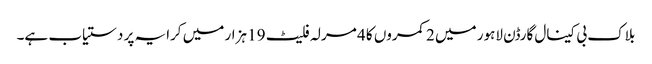
بلاک بی کینال گارڈن لاہور میں 2 کمروں کا 4 مرلہ فلیٹ 19 ہزار میں کرایہ پر دستیاب ہے۔